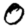
Digit: 0